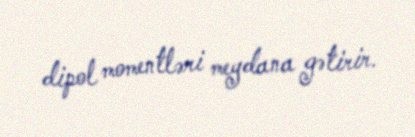
dipol momentləri meydana gətirir.